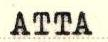
ATTA